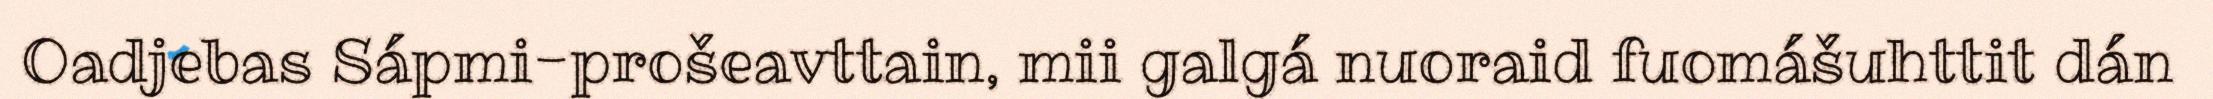
Oadjebas Sápmi-prošeavttain, mii galgá nuoraid fuomášuhttit dán